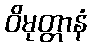
ဝိမုတ္တာနံ